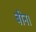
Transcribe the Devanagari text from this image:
बीन।